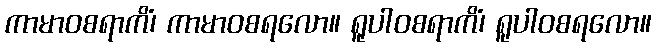
ကာမာဝစရာကိံ၊ ကာမာဝစရလော။ ရူပါဝစရာကိံ၊ ရူပါဝစရလော။